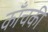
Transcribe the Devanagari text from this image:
काँचकी